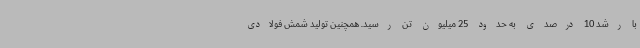
با رشد 10 درصدی به حدود 25 میلیون تن رسید. همچنین تولید شمش فولادی